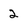
Character: 2